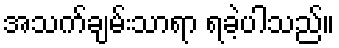
အသက်ချမ်းသာရာ ရခဲ့ပါသည်။